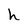
Character: h